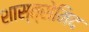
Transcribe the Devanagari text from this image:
शास्त्रोमिद